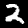
Digit: 2